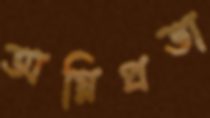
অগ্নিপ্রভা